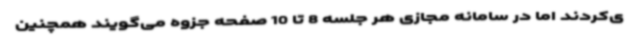
ی‌کردند اما در سامانه مجازی هر جلسه 8 تا 10 صفحه جزوه می‌گویند همچنین